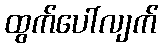
ထွက်ပေါ်လျက်